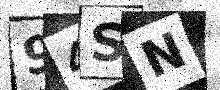
Text: 94SN